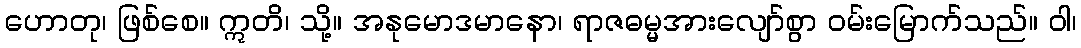
ဟောတု၊ ဖြစ်စေ။ ဣတိ၊ သို့။ အနုမောဒမာနော၊ ရာဇဓမ္မအားလျော်စွာ ဝမ်းမြောက်သည်။ ဝါ၊